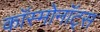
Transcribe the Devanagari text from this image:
काॅस्मोनाॅट्स